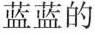
蓝蓝的